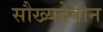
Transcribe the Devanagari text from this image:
सौख्यदेवोन